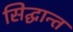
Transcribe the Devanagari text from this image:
सिद्घान्त